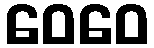
ဝေဝေ